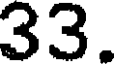
33.